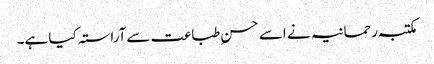
مکتبہ رحمانیہ نے اسے حسن ِطباعت سےآراستہ کیا ہے۔